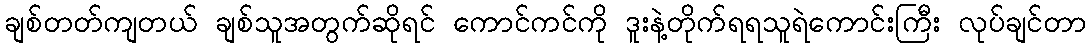
ချစ်တတ်ကျတယ် ချစ်သူအတွက်ဆိုရင် ကောင်ကင်ကို ဒူးနဲ့တိုက်ရရသူရဲကောင်းကြီး လုပ်ချင်တာ